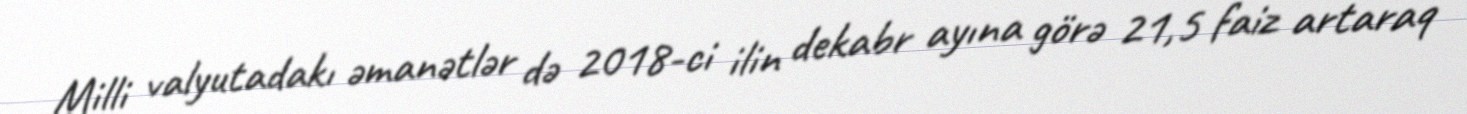
Milli valyutadakı əmanətlər də 2018-ci ilin dekabr ayına görə 21,5 faiz artaraq